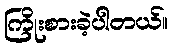
ကြိုးစားခဲ့ပါတယ်။